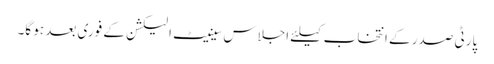
پارٹی صدر کے انتخاب کیلئے اجلاس سینیٹ الیکشن کے فوری بعد ہو گا۔